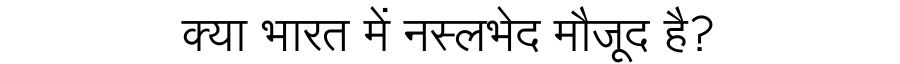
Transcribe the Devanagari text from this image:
क्या भारत में नस्लभेद मौजूद है?